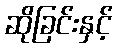
ဆိုခြင်းနှင့်